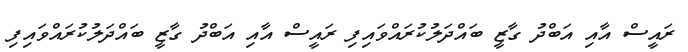
ރައީސް އާއި އަބްދު ގާޒީ ބައްދަލުކުރައްވައިފި ރައީސް އާއި އަބްދު ގާޒީ ބައްދަލުކުރައްވައިފި